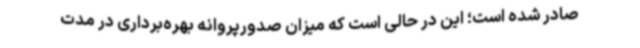
صادر شده است؛ این در حالی است که میزان صدورپروانه بهره‌برداری در مدت